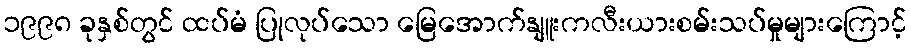
၁၉၉၈ ခုနှစ်တွင် ထပ်မံ ပြုလုပ်သော မြေအောက်နျူးကလီးယားစမ်းသပ်မှုများကြောင့်